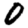
Digit: 0